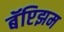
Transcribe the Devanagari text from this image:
बॅप्टिझम